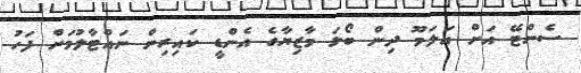
ސެންޓޭ އަށް އަލަމޫ ދިން ބޯޅަ މާޒިޔާގެ އެންޑީ ކައިރިން ނައްޓާލުމަށް ފަހު